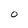
Character: O